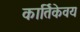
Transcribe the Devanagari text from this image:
कार्तिकेवय